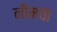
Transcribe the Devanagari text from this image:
नीमचा